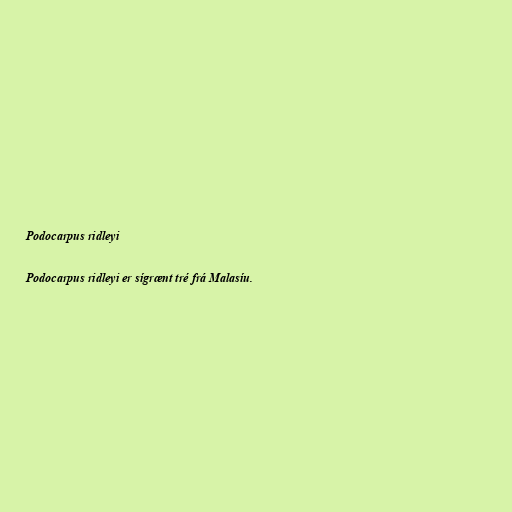
Podocarpus ridleyi

Podocarpus ridleyi er sígrænt tré frá Malasíu.